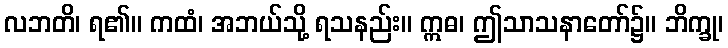
လဘတိ၊ ရ၏။ ကထံ၊ အဘယ်သို့ ရသနည်း။ ဣဓ၊ ဤသာသနာတော်၌။ ဘိက္ခု၊